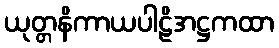
ယုတ္တနိကာယပါဠိအဋ္ဌကထာ